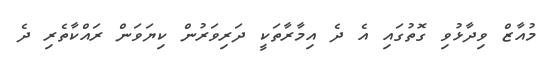
މުއާޒް ވިދާޅުވި ގޮތުގައި އެ ދެ އިމާރާތަކީ ދަރިވަރުން ކިޔަވަން ރައްކާތެރި ދެ